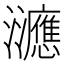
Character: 㶝